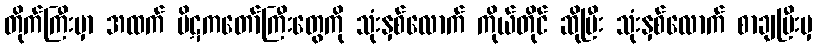
တိုက်ကြီးမှာ အထက် ပိဋကတော်ကြီးတွေကို သုံးနှစ်လောက် ကိုယ်တိုင် ဆိုပြီး သုံးနှစ်လောက် စာချပြီးမှ